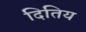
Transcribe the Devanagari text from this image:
दितिय